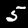
Digit: 5